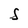
Character: S